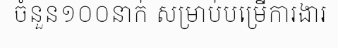
ចំនួន១០០នាក់ សម្រាប់បម្រើការងារ